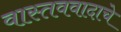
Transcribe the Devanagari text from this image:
वास्तववादाचे